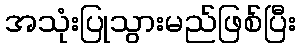
အသုံးပြုသွားမည်ဖြစ်ပြီး